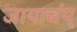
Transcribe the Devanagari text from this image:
जायाचंय्‌